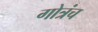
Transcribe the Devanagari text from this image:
गोत्रंच